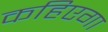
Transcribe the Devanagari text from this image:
कहिएगा